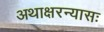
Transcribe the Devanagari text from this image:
अथाक्षरन्यासः